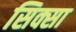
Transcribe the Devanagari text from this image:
सिक्सा